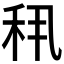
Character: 𬓣